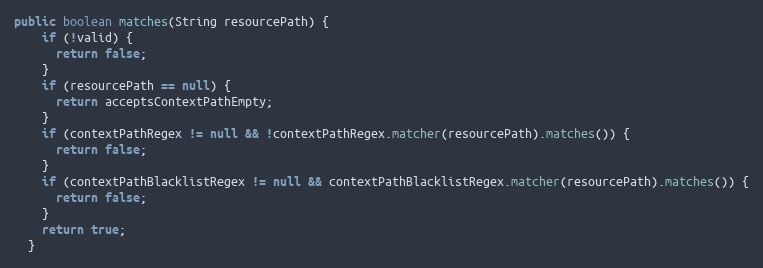
Language: Java
public boolean matches(String resourcePath) {
    if (!valid) {
      return false;
    }
    if (resourcePath == null) {
      return acceptsContextPathEmpty;
    }
    if (contextPathRegex != null && !contextPathRegex.matcher(resourcePath).matches()) {
      return false;
    }
    if (contextPathBlacklistRegex != null && contextPathBlacklistRegex.matcher(resourcePath).matches()) {
      return false;
    }
    return true;
  }